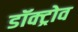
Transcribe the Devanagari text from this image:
डॉक्ट्रोव